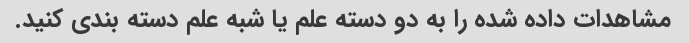
مشاهدات داده شده را به دو دسته علم یا شبه علم دسته بندی کنید.